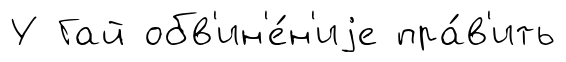
У Гай обв'ин'е́н'иjе пра́в'ить